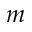
m